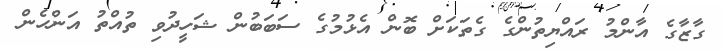
ގާޒާގެ އާންމު ރައްޔިތުންގެ ގެތަކަށް ބޮން އެޅުމުގެ ސަބަބުން ޝަހީދުވި ތުއްތު އަންހެން